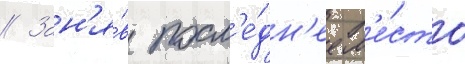
// Зан'я́в посл'е́дн'ее м'е́сто